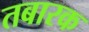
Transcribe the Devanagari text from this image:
तबारक